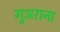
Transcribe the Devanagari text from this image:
गुअराना